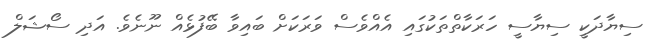
ސިޔާދަކީ ސިޔާސީ ހަރަކާތްތަކުގައި އެއްވެސް ވަރަކަށް ބައިވާ ބޭފުޅެއް ނޫނެވެ. އަދި ސޯޝަލް